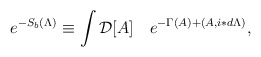
\begin{align*}e^{-S_b(\Lambda)}\equiv\int {\cal D}[A]\quad e^{-\Gamma(A) + (A,i\ast d\Lambda)},\end{align*}